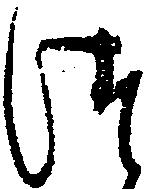
つ